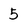
Character: 5